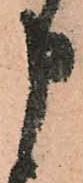
申